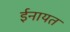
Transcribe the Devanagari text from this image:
ईनायत